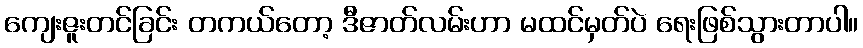
ကျေးဇူးတင်ခြင်း တကယ်တော့ ဒီဇာတ်လမ်းဟာ မထင်မှတ်ပဲ ရေးဖြစ်သွားတာပါ။